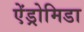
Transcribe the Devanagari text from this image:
ऐंड्रोमिडा